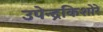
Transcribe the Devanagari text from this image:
उपेन्द्रकिशोरे